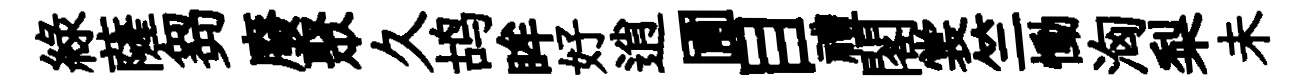
緑薩芻廢聚久鸪眸好逍圃目禮閣裳竺慟洶梨未